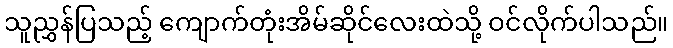
သူညွှန်ပြသည့် ကျောက်တုံးအိမ်ဆိုင်လေးထဲသို့ ဝင်လိုက်ပါသည်။